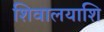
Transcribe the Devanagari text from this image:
शिवालयाशि